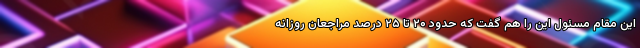
این مقام مسئول این را هم گفت که حدود ۲۰ تا ۲۵ درصد مراجعان روزانه